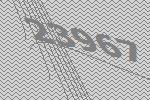
23967